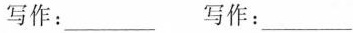
写作：___ 写作：___